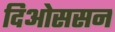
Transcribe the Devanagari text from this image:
दिओससन